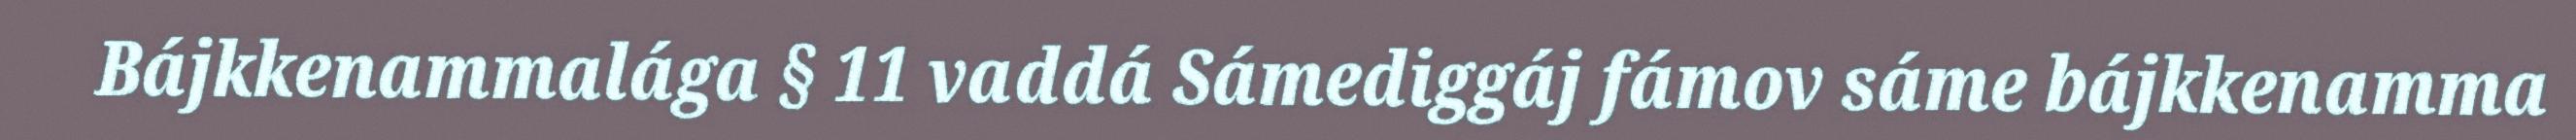
Bájkkenammalága § 11 vaddá Sámediggáj fámov sáme bájkkenamma